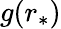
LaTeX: g(r_{*})